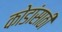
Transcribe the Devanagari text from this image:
कोडांसाठी